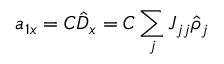
a _ { 1 x } = C \hat { D } _ { x } = C \sum _ { j } J _ { j j } \hat { \rho } _ { j }